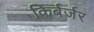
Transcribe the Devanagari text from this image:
किर्बर्जर